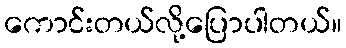
ကောင်းတယ်လို့ပြောပါတယ်။